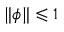
\| \phi \| \leqslant 1